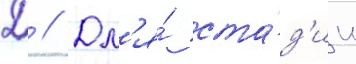
Д // Дл'я́ ста́д'ии